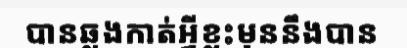
បានឆ្លងកាត់អ្វីខ្លះមុននឹងបាន